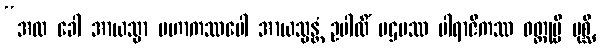
“အထ ခေါ အာယသ္မာ မဟာကဿပေါ အာယသ္မန္တံ ဥပါလိံ ပဌမဿ ပါရာဇိကဿ ဝတ္ထုမ္ပိ ပုစ္ဆိ,